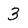
Character: 3